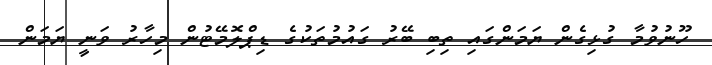
ހޫނުވުމާ ގުޅިގެން ޔަމަންގައި ތިބި ބޭރު ގައުމުތަކުގެ ޑިޕްލޮމޭޓުން މިހާރު ވަނީ ޔަަމަން